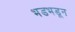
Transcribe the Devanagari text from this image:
भडभडून